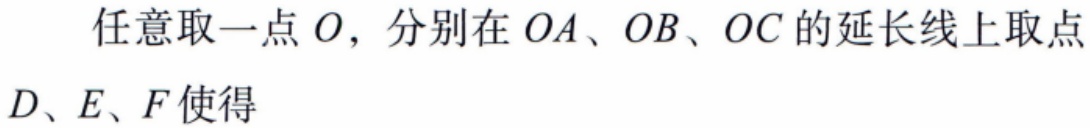
任意取一点 \(O\)，分别在 \(OA\)、\(OB\)、\(OC\) 的延长线上取点 \(D\)、\(E\)、\(F\) 使得